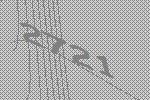
2721